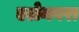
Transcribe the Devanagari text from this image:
एलेनबरा